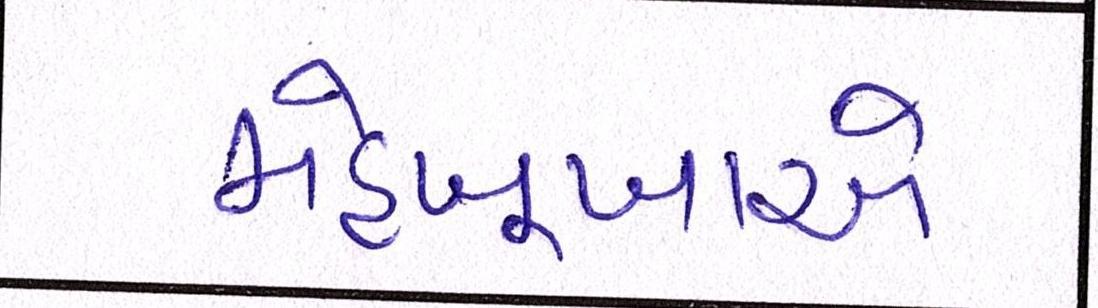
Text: મહેબૂબાએ